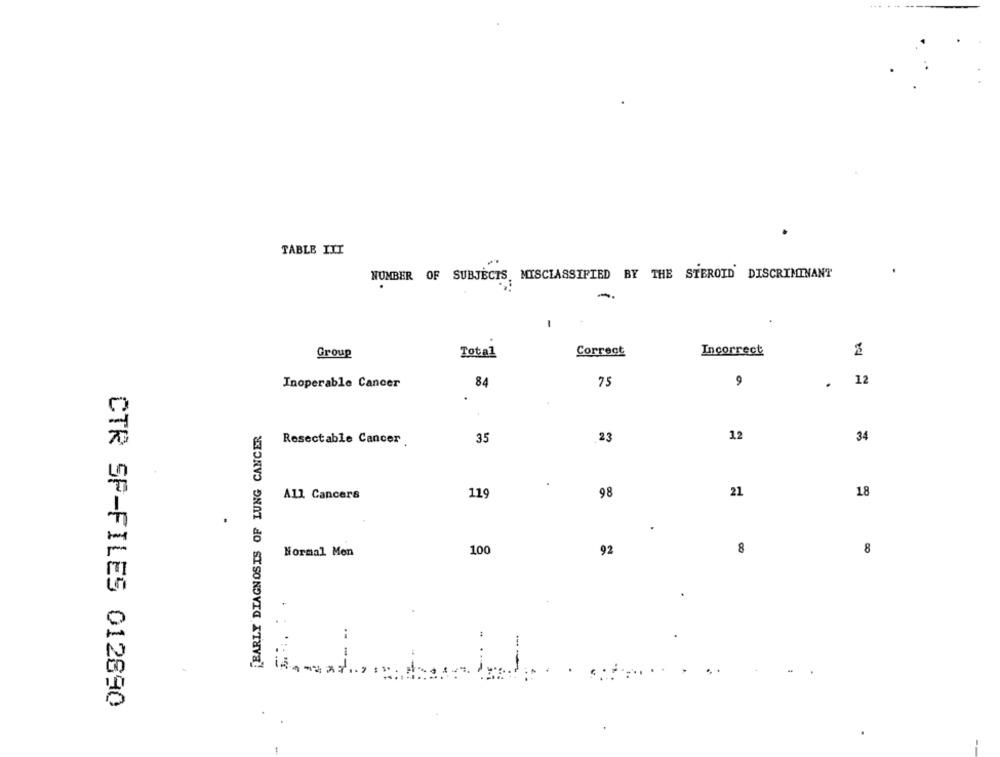
TABLE ITI
NUMBER OF SUBJECTS. MISCLASSIFIED BY THE STEROID DISCRIMINANT
1
Group
Total
Correct
Incorrect
Inoperable Cancer
84
75
9
.
12
BARLY DIAGNOSIS OF LUNG CANCER
Resectable Cancer
35
23
12
34
.
18
All Cancers
119
98
21
Normal Men
100
92
8
8
CTR SF-FILES 012890